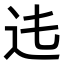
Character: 𨑞